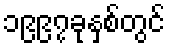
၁၉၉၇ခုနှစ်တွင်